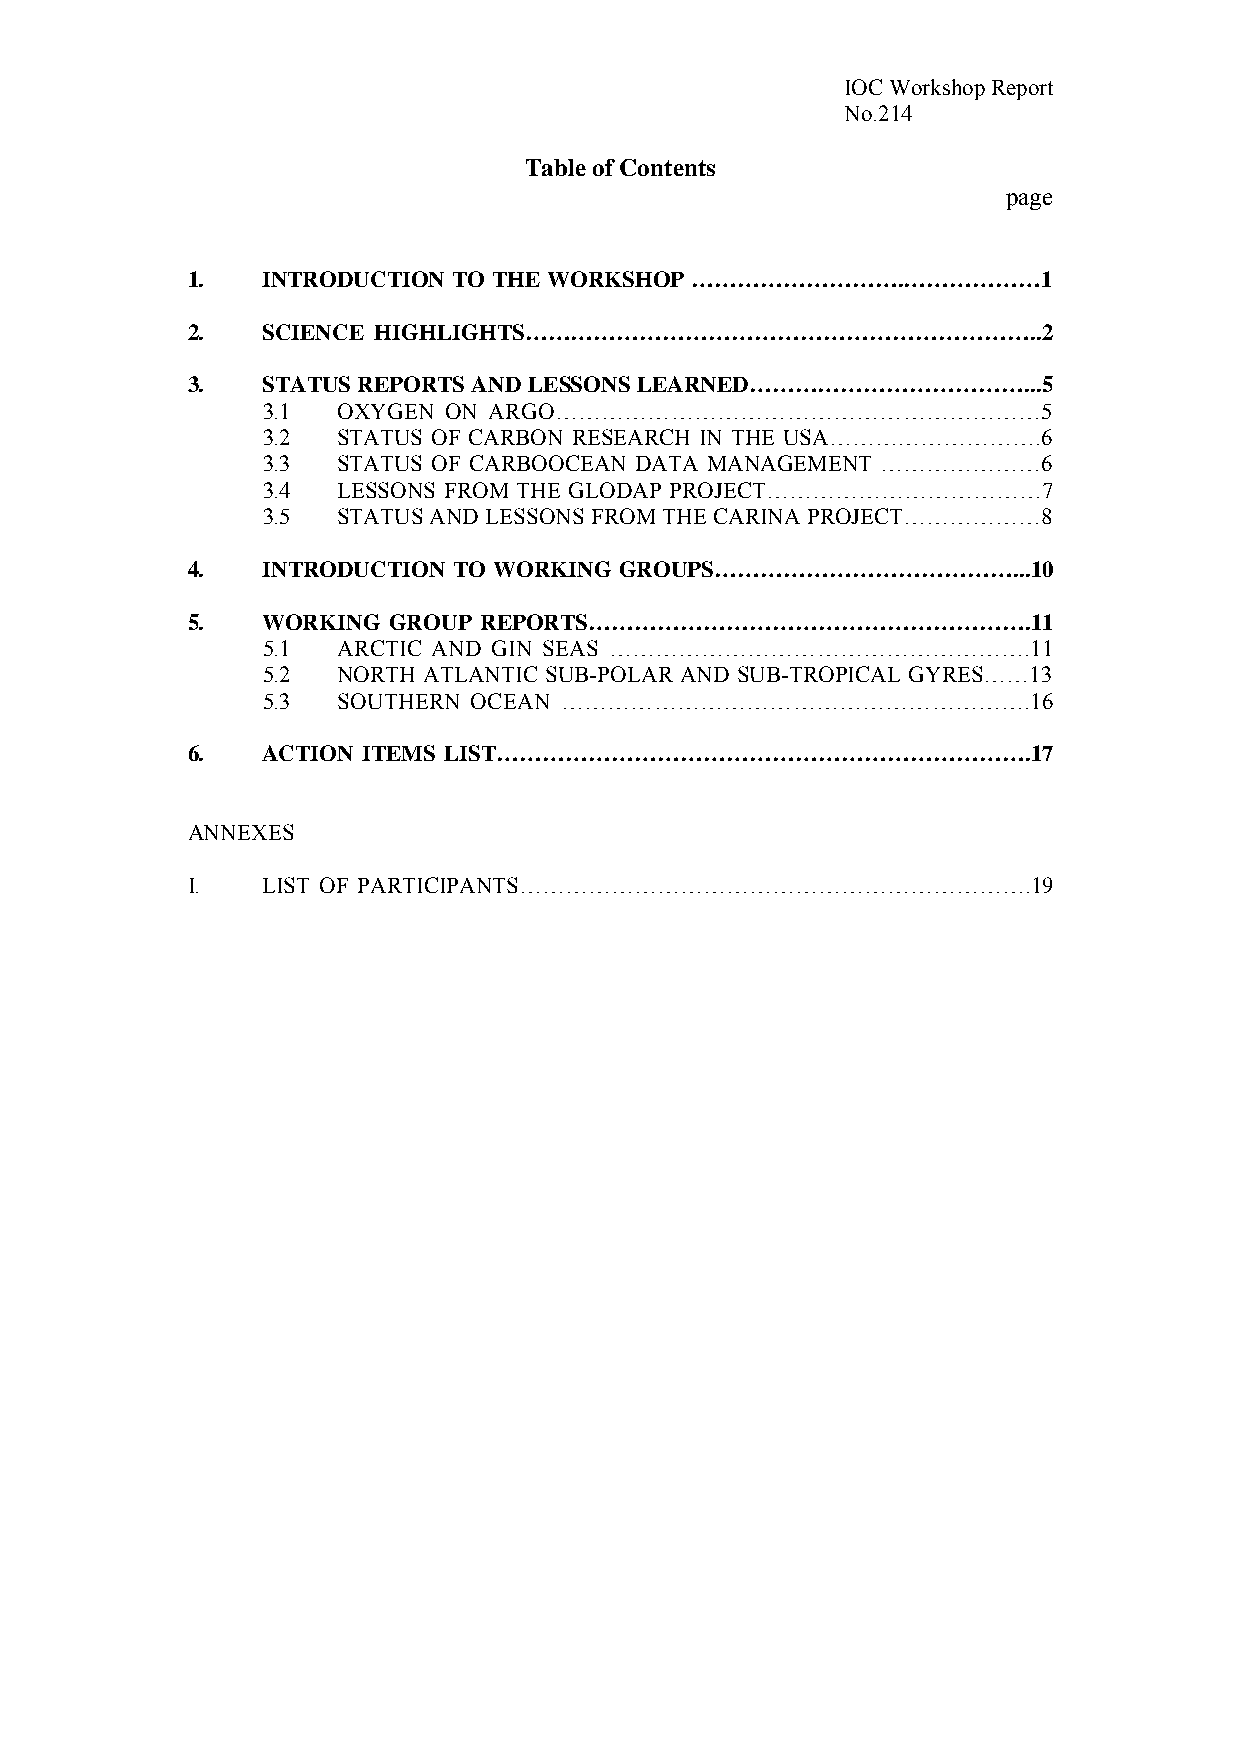
IOC Workshop Report
 No.214
 Table of Contents
 page
 1.   INTRODUCTION TO THE WORKSHOP ……………………….………………1
 2.   SCIENCE HIGHLIGHTS…………………………………………………………..2
 3.   STATUS REPORTS AND LESSONS LEARNED………………………………...5
 3.1  OXYGEN ON ARGO………………………………………………………5
 3.2  STATUS OF CARBON RESEARCH IN THE USA……………………….6
 3.3  STATUS OF CARBOOCEAN DATA MANAGEMENT …………………6
 3.4  LESSONS FROM THE GLODAP PROJECT………………………………7
 3.5  STATUS AND LESSONS FROM THE CARINA PROJECT………………8
 4.   INTRODUCTION TO WORKING GROUPS…………………………………...10
 5.   WORKING  GROUP REPORTS………………………………………………….11
 5.1  ARCTIC AND GIN SEAS ……………………………………………….11
 5.2  NORTH ATLANTIC SUB-POLAR AND SUB-TROPICAL GYRES……13
 5.3  SOUTHERN OCEAN …………………………………………………….16
 6.   ACTION ITEMS LIST…………………………………………………………….17
 ANNEXES
 I.   LIST OF PARTICIPANTS………………………………………………………….19